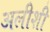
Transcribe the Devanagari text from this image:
अलीशी